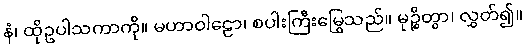
နံ၊ ထိုဥပါသကာကို။ မဟာဝါဠော၊ စပါးကြီးမြွေသည်။ မုဉ္စိတွာ၊ လွှတ်၍။